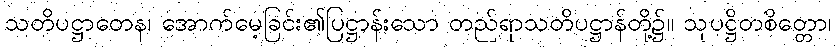
သတိပဋ္ဌာတေန၊ အောက်မေ့ခြင်း၏ပြဋ္ဌာန်းသော တည်ရာသတိပဋ္ဌာန်တို့၌။ သုပဋ္ဌိတစိတ္တော၊